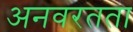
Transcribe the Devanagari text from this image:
अनवरतता